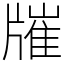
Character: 𤗯